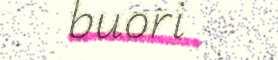
buori